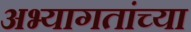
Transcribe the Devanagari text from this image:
अभ्यागतांच्या